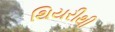
થિયરીથી